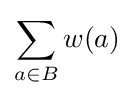
\sum _{a\in B}w(a)